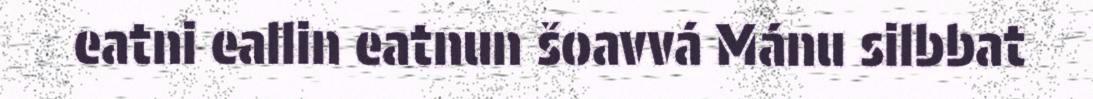
eatni eallin eatnun šoavvá Mánu silbbat